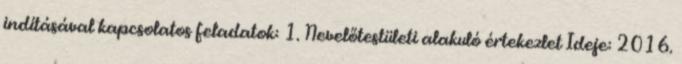
indításával kapcsolatos feladatok: 1. Nevelőtestületi alakuló értekezlet Ideje: 2016.